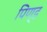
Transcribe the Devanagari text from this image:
पिण्‍ड